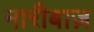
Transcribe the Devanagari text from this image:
नारीबाज़